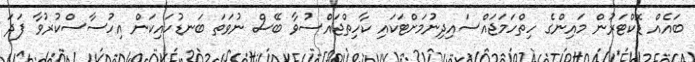
ބައެއް ޑޮކްޓަރުން މައިންގެ ހިތްހަމަޖައްސައިދިނުމަށްޓަކައި ކާހިތްޖައްސުވާ ބޭސް ނުވަތަ ބަނޑުހައިކަން އިހުސާސްކުރުވާ ފަދަ